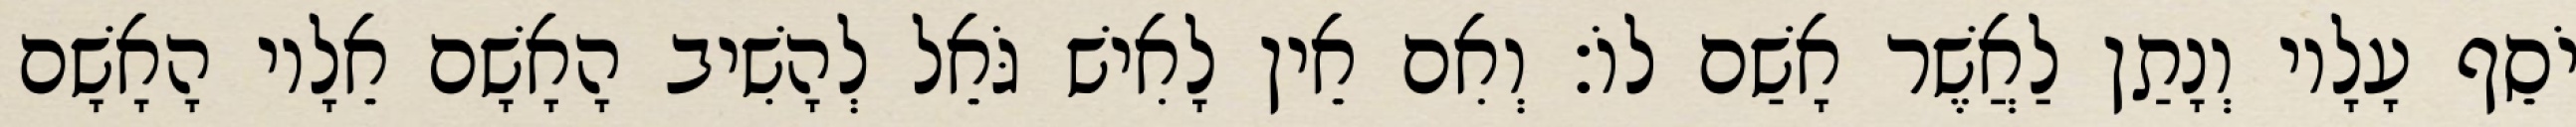
יֹסֵף עָלָיו וְנָתַן לַאֲשֶׁר אָשַׁם לוֹ׃ וְאִם אֵין לָאִישׁ גֹּאֵל לְהָשִׁיב הָאָשָׁם אֵלָיו הָאָשָׁם